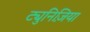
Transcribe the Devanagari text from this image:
ट्युनिज़िया